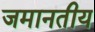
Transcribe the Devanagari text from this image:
जमानतीय